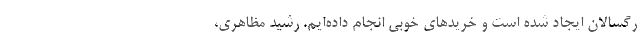
رگسالان ایجاد شده است و خریدهای خوبی انجام داده‌ایم. رشید مظاهری،